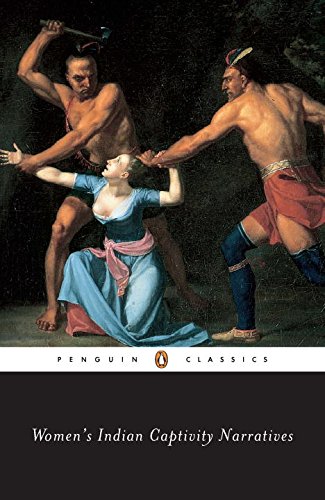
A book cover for Women's Indian Captivity Narratives (Penguin Classics); Various; Literature & Fiction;